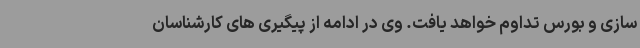
سازی و بورس تداوم خواهد یافت. وی در ادامه از پیگیری های کارشناسان